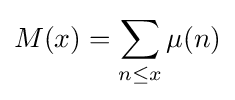
M(x)=\sum _{n\leq x}\mu (n)